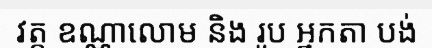
វត្ត ឧណ្ណាលោម និង រូប អ្នកតា បង់